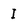
Character: I